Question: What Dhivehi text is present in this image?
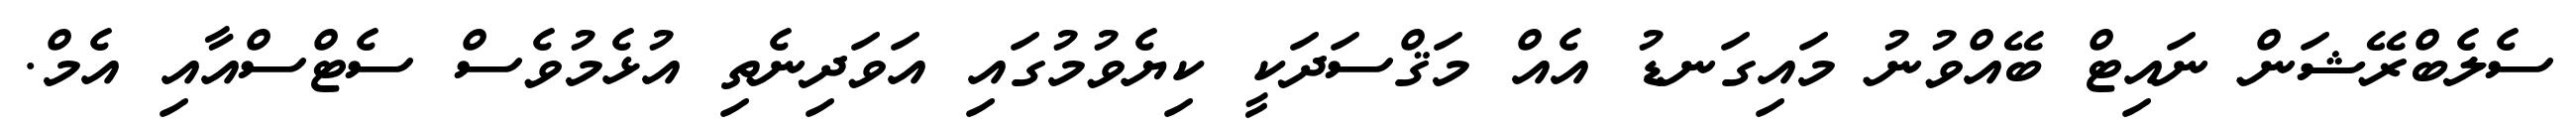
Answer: ސެލެބްރޭޝަން ނައިޓް ބޭއްވުނު މައިގަނޑު އެއް މަޤްސަދަކީ ކިޔެވުމުގައި އަވަދިނެތި އުޅެމުވެސް ސެޓްސްއާއި އެމް.